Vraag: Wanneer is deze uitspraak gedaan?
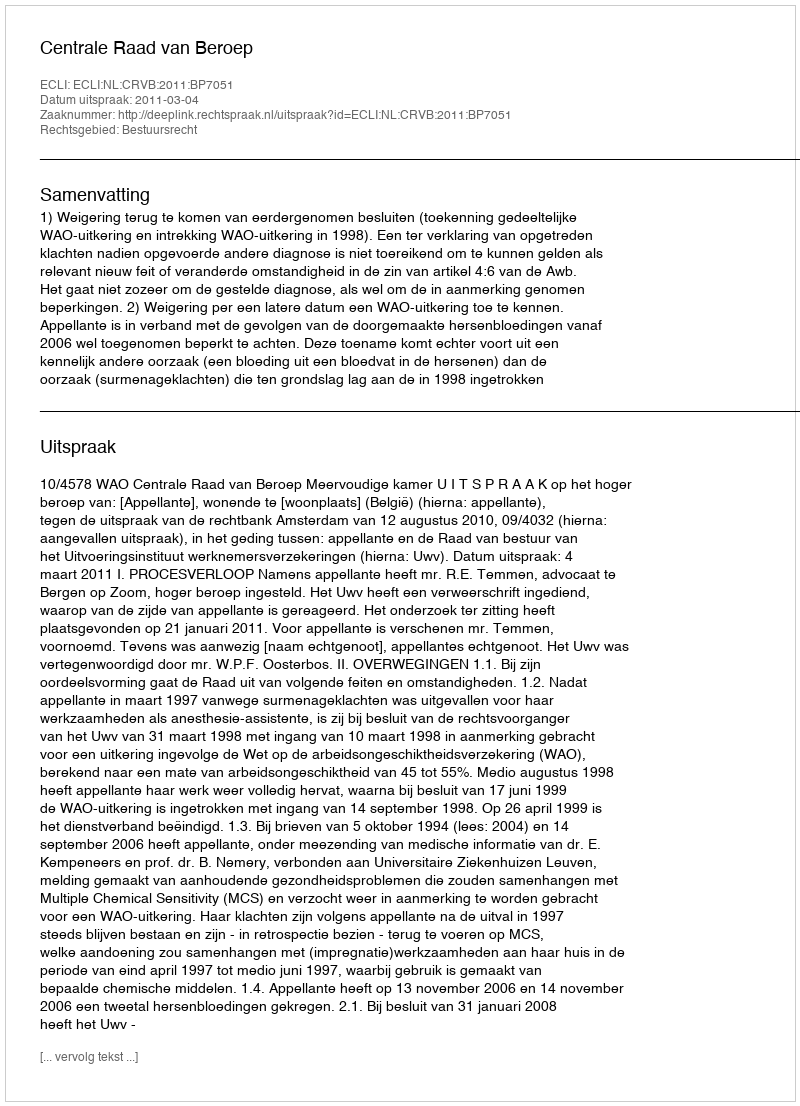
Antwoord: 2011-03-04